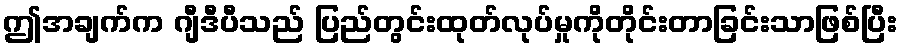
ဤအချက်က ဂျီဒီပီသည် ပြည်တွင်းထုတ်လုပ်မှုကိုတိုင်းတာခြင်းသာဖြစ်ပြီး